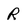
Character: R